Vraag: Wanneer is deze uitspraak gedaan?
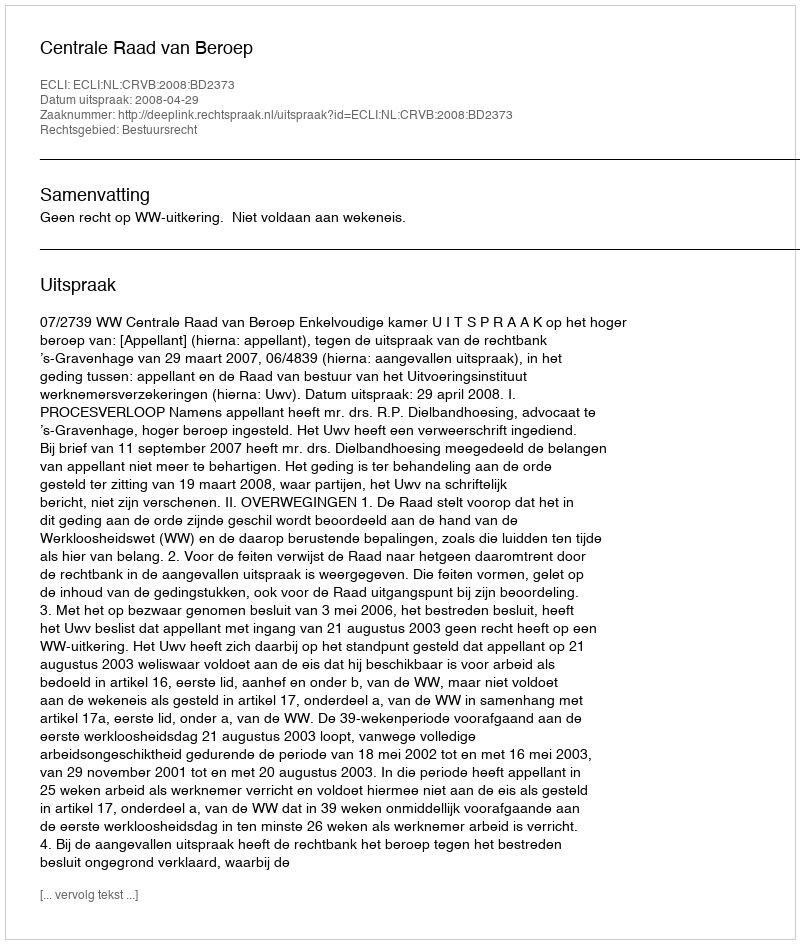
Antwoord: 2008-04-29